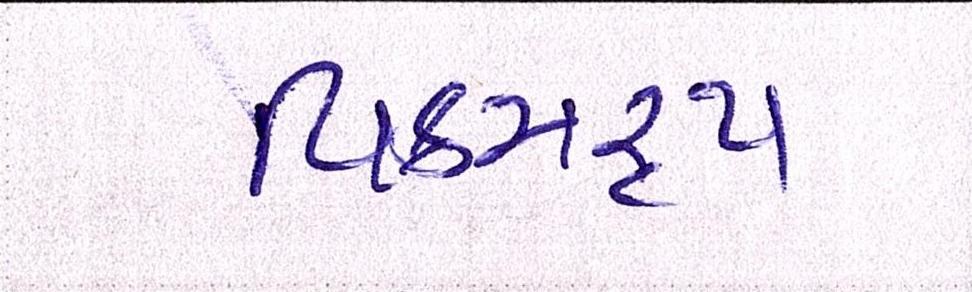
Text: વિક્રમરૃપ